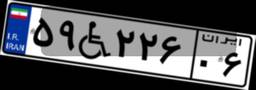
۳۳W۴۸۴۹۵